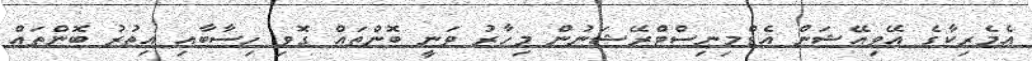
އެމެރިކާގެ އޭވިއޭޝަން އެޑްމިނިސްޓްރޭޝަނުން މިހާރު ވަނީ ބޮންތައް ގޮވި ހިސާބާއި އިތުރު ބޮންތައް